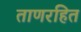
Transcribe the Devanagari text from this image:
ताणरहित